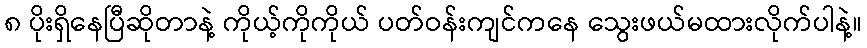
၈ ပိုးရှိနေပြီဆိုတာနဲ့ ကိုယ့်ကိုကိုယ် ပတ်ဝန်းကျင်ကနေ သွေးဖယ်မထားလိုက်ပါနဲ့။